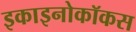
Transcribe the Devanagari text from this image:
इकाइनोकॉकस